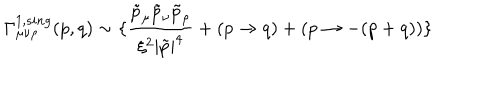
LaTeX: \Gamma _ { \mu \nu \rho } ^ { 1 , s i n g } ( p , q ) \sim \{ \frac { \tilde { p } _ { \mu } \tilde { p } _ { \nu } \tilde { p } _ { \rho } } { \xi ^ { 2 } | \tilde { p } | ^ { 4 } } + ( p \rightarrow q ) + ( p \rightarrow - ( p + q ) ) \}